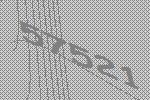
57521